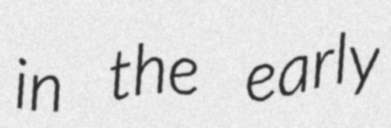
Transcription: in the early